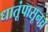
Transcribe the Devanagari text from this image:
धातूंपासूनच